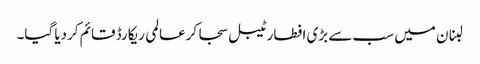
لبنان میں سب سے بڑی افطار ٹیبل سجا کرعالمی ریکارڈ قائم کردیا گیا۔